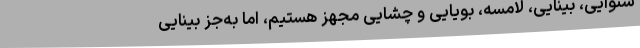
شنوایی، بینایی، لامسه، بویایی و چشایی مجهز هستیم، اما به‌جز بینایی